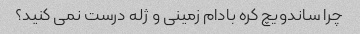
چرا ساندویچ کره بادام زمینی و ژله درست نمی کنید؟